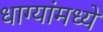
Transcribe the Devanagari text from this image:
धाग्यांमध्ये